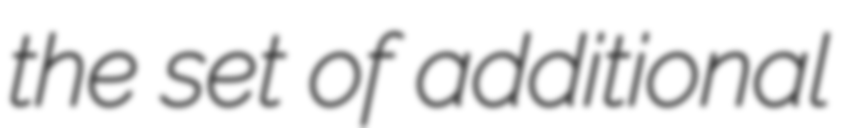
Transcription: the set of additional